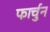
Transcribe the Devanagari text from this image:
फार्चुन